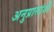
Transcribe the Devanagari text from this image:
अनुप्रासांशी